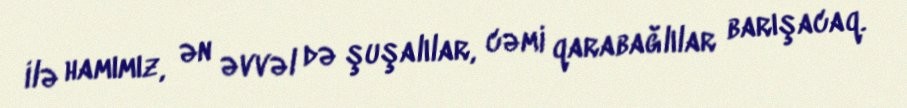
ilə hamımız, ən əvvəl də şuşalılar, cəmi qarabağlılar barışacaq.